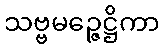
သဗ္ဗမဉ္ဇေဋ္ဌိကာ